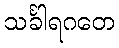
သင်္ခါရဂတေ